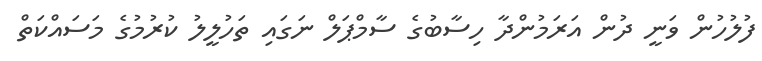
ފުލުހުން ވަނީ ދުން އަރަމުންދާ ހިސާބުގެ ސާމްޕަލް ނަގައި ތަހުލީލު ކުރުމުގެ މަސައްކަތް